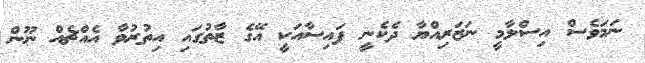
ނަމަވެސް އިސްލާމީ ނަޒަރިއްޔާ ދެކެނީ ފައިސާއަކީ އޭގެ ޒާތުގައި އިތުރުވާ އެއްޗެއް ނޫން